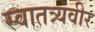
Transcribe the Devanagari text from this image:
स्वातत्र्यवीर